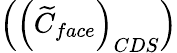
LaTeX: \left(\left(\widetilde{C}_{face}\right)_{CDS}\right)